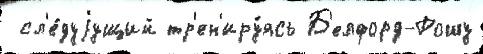
 сл'е́дуjущий тр'ен'иру́ясь Б'елфорд-Рошу